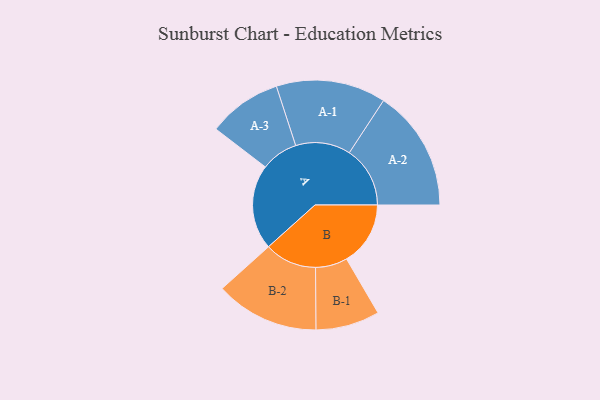
{"axis": {"x": "Segment", "y": "Value"}, "legend": ["", "A", "B"], "data": [{"x": "A", "y": 407, "type": ""}, {"x": "B", "y": 306, "type": ""}, {"x": "A-1", "y": 263, "type": "A"}, {"x": "A-2", "y": 291, "type": "A"}, {"x": "A-3", "y": 177, "type": "A"}, {"x": "B-1", "y": 153, "type": "B"}, {"x": "B-2", "y": 249, "type": "B"}]}